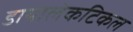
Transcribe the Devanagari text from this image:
डायालेकटिकल